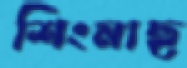
শিংমাছ